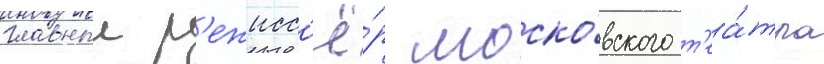
главныи р'ежисс'ё́р моско́вского т'еа́тра